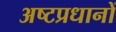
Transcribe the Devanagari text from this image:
अष्टप्रधानों